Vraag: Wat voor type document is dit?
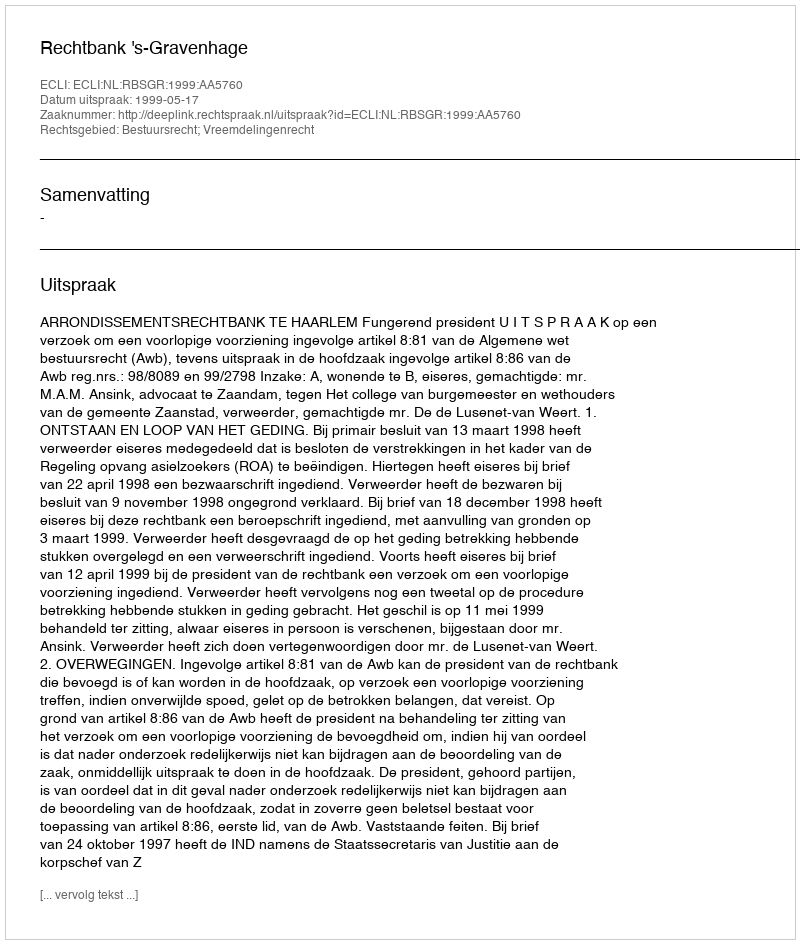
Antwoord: Uitspraak